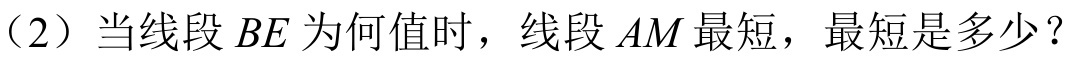
（2）当线段$BE$为何值时，线段$AM$最短，最短是多少？